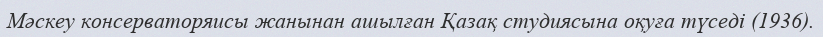
Мәскеу консерваторяисы жанынан ашылған Қазақ студиясына оқуға түседі (1936).